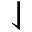
\downharpoonleft